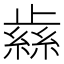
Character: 𰙹